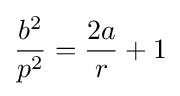
{\frac {b^{2}}{p^{2}}}={\frac {2a}{r}}+1